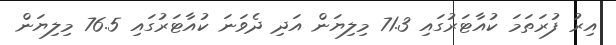
އިރު ފުރަތަމަ ކުއާޓަރުގައި 71.3 މިލިޔަން އަދި ދެވަނަ ކުއާޓަރުގައި 76.5 މިލިޔަން